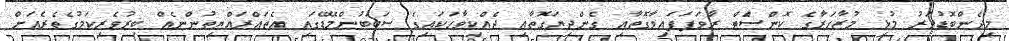
މިދެންބޮޑުވަރު މުޅި މުޒާހަރާގެ ކޮންސެްޓް ރާވަފަފައިވާގޮތާއި ގެންދިޔަގޮތާއި ދެއްކިވާހަކައިގެ ސަބަބުންމޭޑޭގައި އެތައްރައްޔިތުންނެއް ބިރުވެރިކަމުގެތެރެއަށް